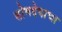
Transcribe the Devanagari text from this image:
सोमदेवाचा